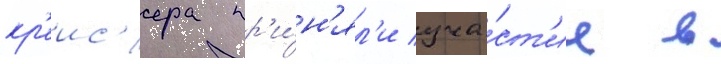
кр'еис'ера пр'и́н'ял'и уча́ст'ие в